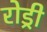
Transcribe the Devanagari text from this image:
रोड्री